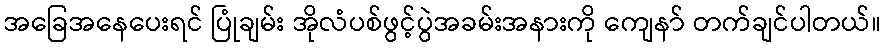
အခြေအနေပေးရင် ပြုံချမ်း အိုလံပစ်ဖွင့်ပွဲအခမ်းအနားကို ကျေနာ် တက်ချင်ပါတယ်။